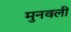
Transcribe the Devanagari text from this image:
मुनवली